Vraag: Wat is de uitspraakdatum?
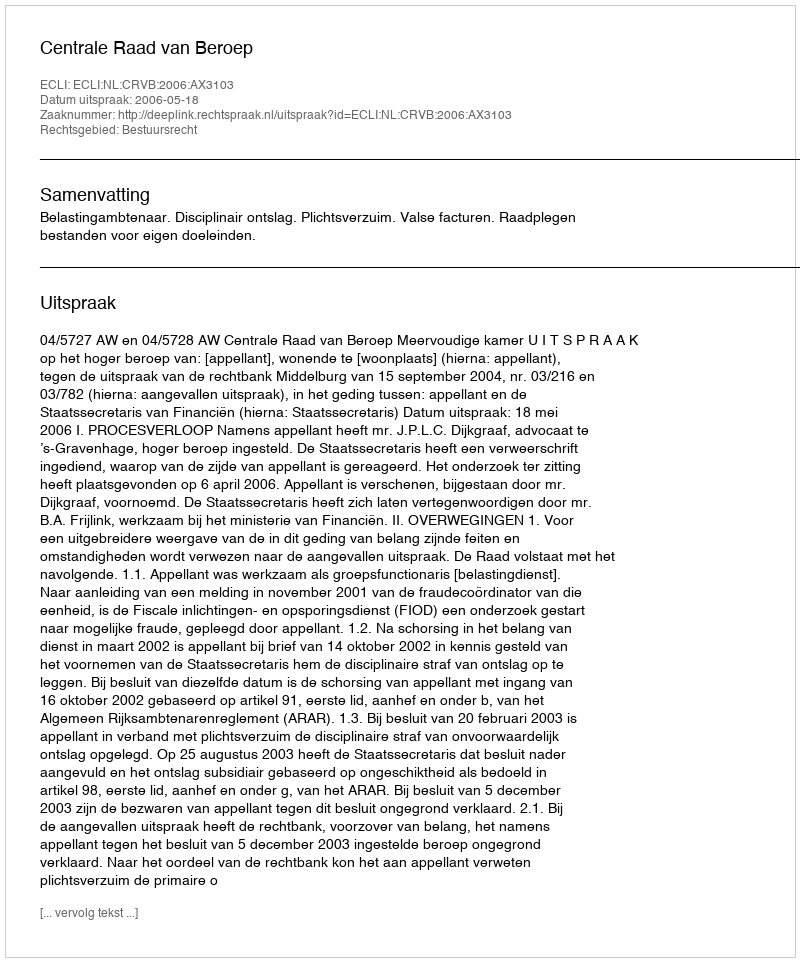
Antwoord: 2006-05-18